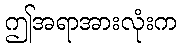
ဤအရာအားလုံးက